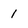
Character: 1